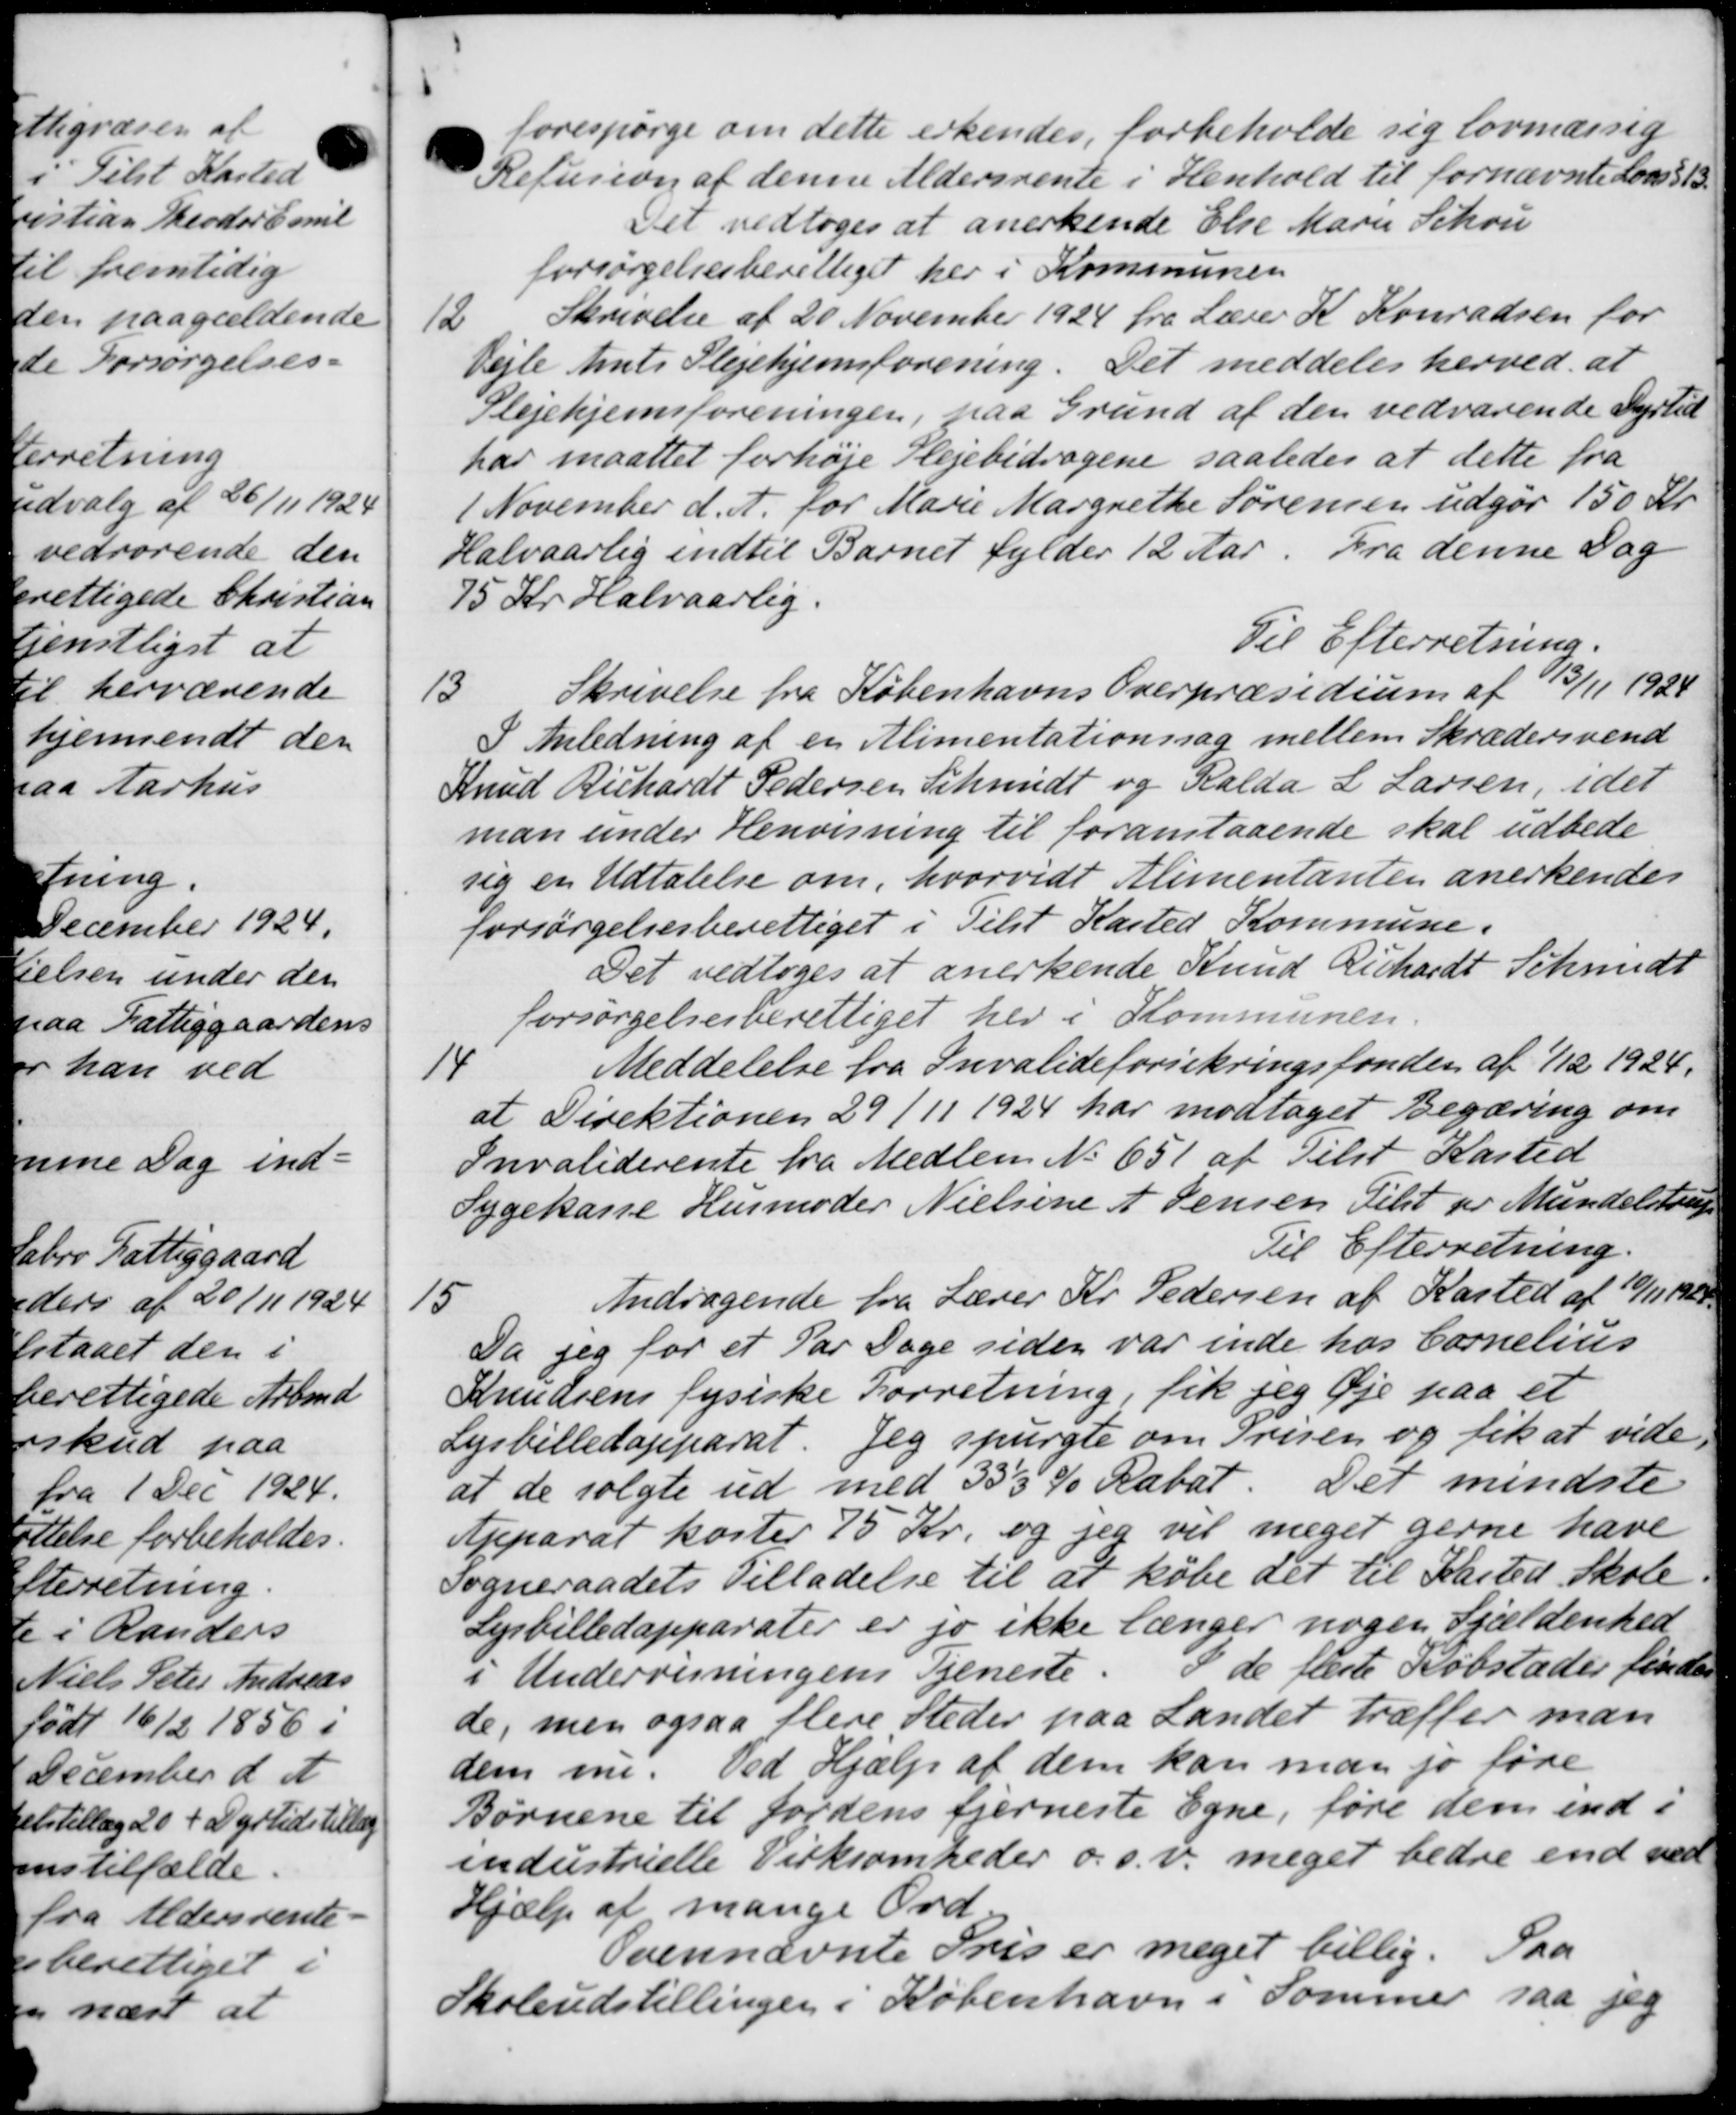
Transskription:
forespørge om dette erkendes, forbeholde sig lovmæssig
Refusion af denne Aldersrente i Henhold til fornævnte Lovs § 13
Det vedtoges at anerkende Else Marie Schou
forsørgelsesberettiget her i Kommunen
12
Skrivelse af 20 November 1924 fra Lærer K. Konradsen for
Vejle Amts Plejehjemsforening. Det meddeles herved at
Plejehjemsforeningen, paa Grund af den vedvarende Dyrtid
har maattet forhøje Plejebidragene saaledes at dette fra
1 November d. A. for Marie Margrethe Sørensen udgør 150 Kr.
Halvaarlig indtil Barnet fylder 12 Aar. Fra denne Dag
75 Kr. Halvaarlig.
Til Efterretning.
13
Skrivelse fra Københavns Overpræsidium af 13/11 1924
I Anledning af en Alimentationssag mellem Skrædersvend
Knud Richardt Pedersen Schmidt og Ralda L. Larsen, idet
man under Henvisning til foranstaaende skal udbede
sig en Udtalelse om, hvorvidt Alimentanten anerkendes
forsørgelsesberettiget i Tilst Kasted Kommune.
Det vedtoges at anerkende Knud Richardt Schmidt
forsørgelsesberettiget her i Kommunen.
14
Meddelelse fra Invalideforsikringsfonden af 1/12 1924.
at Direktionen 29/11 1924 har modtaget Begæring om
Invaliderente fra Medlem No 651 af Tilst Kasted
Sygekasse Husmoder Nielsine A. Jensen Tilst pr Mundelstrup
Til Efterretning.
15
Andragende fra Lærer Kr. Pedersen af Kasted af 10/11 1920.
Da jeg for et Par Dage siden var inde hos Cornelius
Knudsens fysiske Forretning, fik jeg Øje paa et
Lysbilledapparat. Jeg spurgte om Prisen og fik at vide
at de solgte ud med 353 % Rabat. Det mindste
Apparat koster 75 Kr. og jeg vil meget gerne have
Sogneraadets Tilladelse til at købe det til Kasted Skole.
Lysbilledapparater er jo ikke længer nogen Sjældenhed
I de fleste Købstader findes
1 Undervisningens Tjeneste.
de, men ogsaa flere Steder paa Landet træffer man
dem m. Ved Hjælp af dem kan man jo føre
Børnene til Jordens fjerneste Egne, føre dem ind i
industrielle Virksomheder o.s.v. meget bedre end var
Hjælp af mange Ord
Ovennævnte Pris er meget billig. Saa
Skoleudstillingen i København i Sommer saa jeg